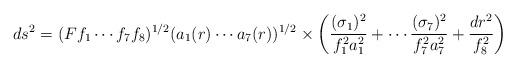
LaTeX: \begin{align*}ds^2=(Ff_1\cdots f_7f_8)^{1/2}(a_1(r)\cdots a_7(r))^{1/2}\times\left({{(\sigma_1)^2}\over{f_1^2a_1^2}}+\cdots{{(\sigma_7)^2}\over{f_7^2a_7^2}}+{{dr^2}\over{f_8^2}}\right)\end{align*}